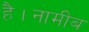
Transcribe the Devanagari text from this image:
है।नामीब